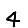
Digit: 4